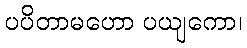
ပပိတာမဟော ပယျကော၊